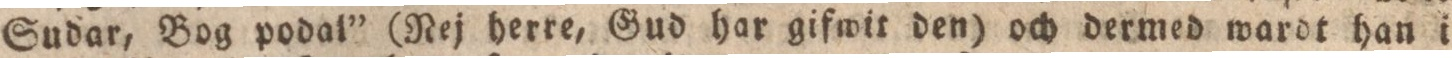
Sudar, Bog podal” (Nej herre, Gud har gifwit den) och dermed wardt han i